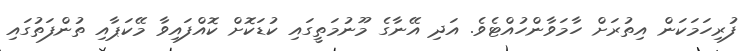
ފުރިހަމަކަން އިތުރަށް ހާމަވާންހުއްޓެވެ. އަދި އޭނާގެ މޫނުމަތީގައި ކުޑަކޮށް ކޮއްފައިވާ މޭކަޕާއި ތުންފަތުގައި